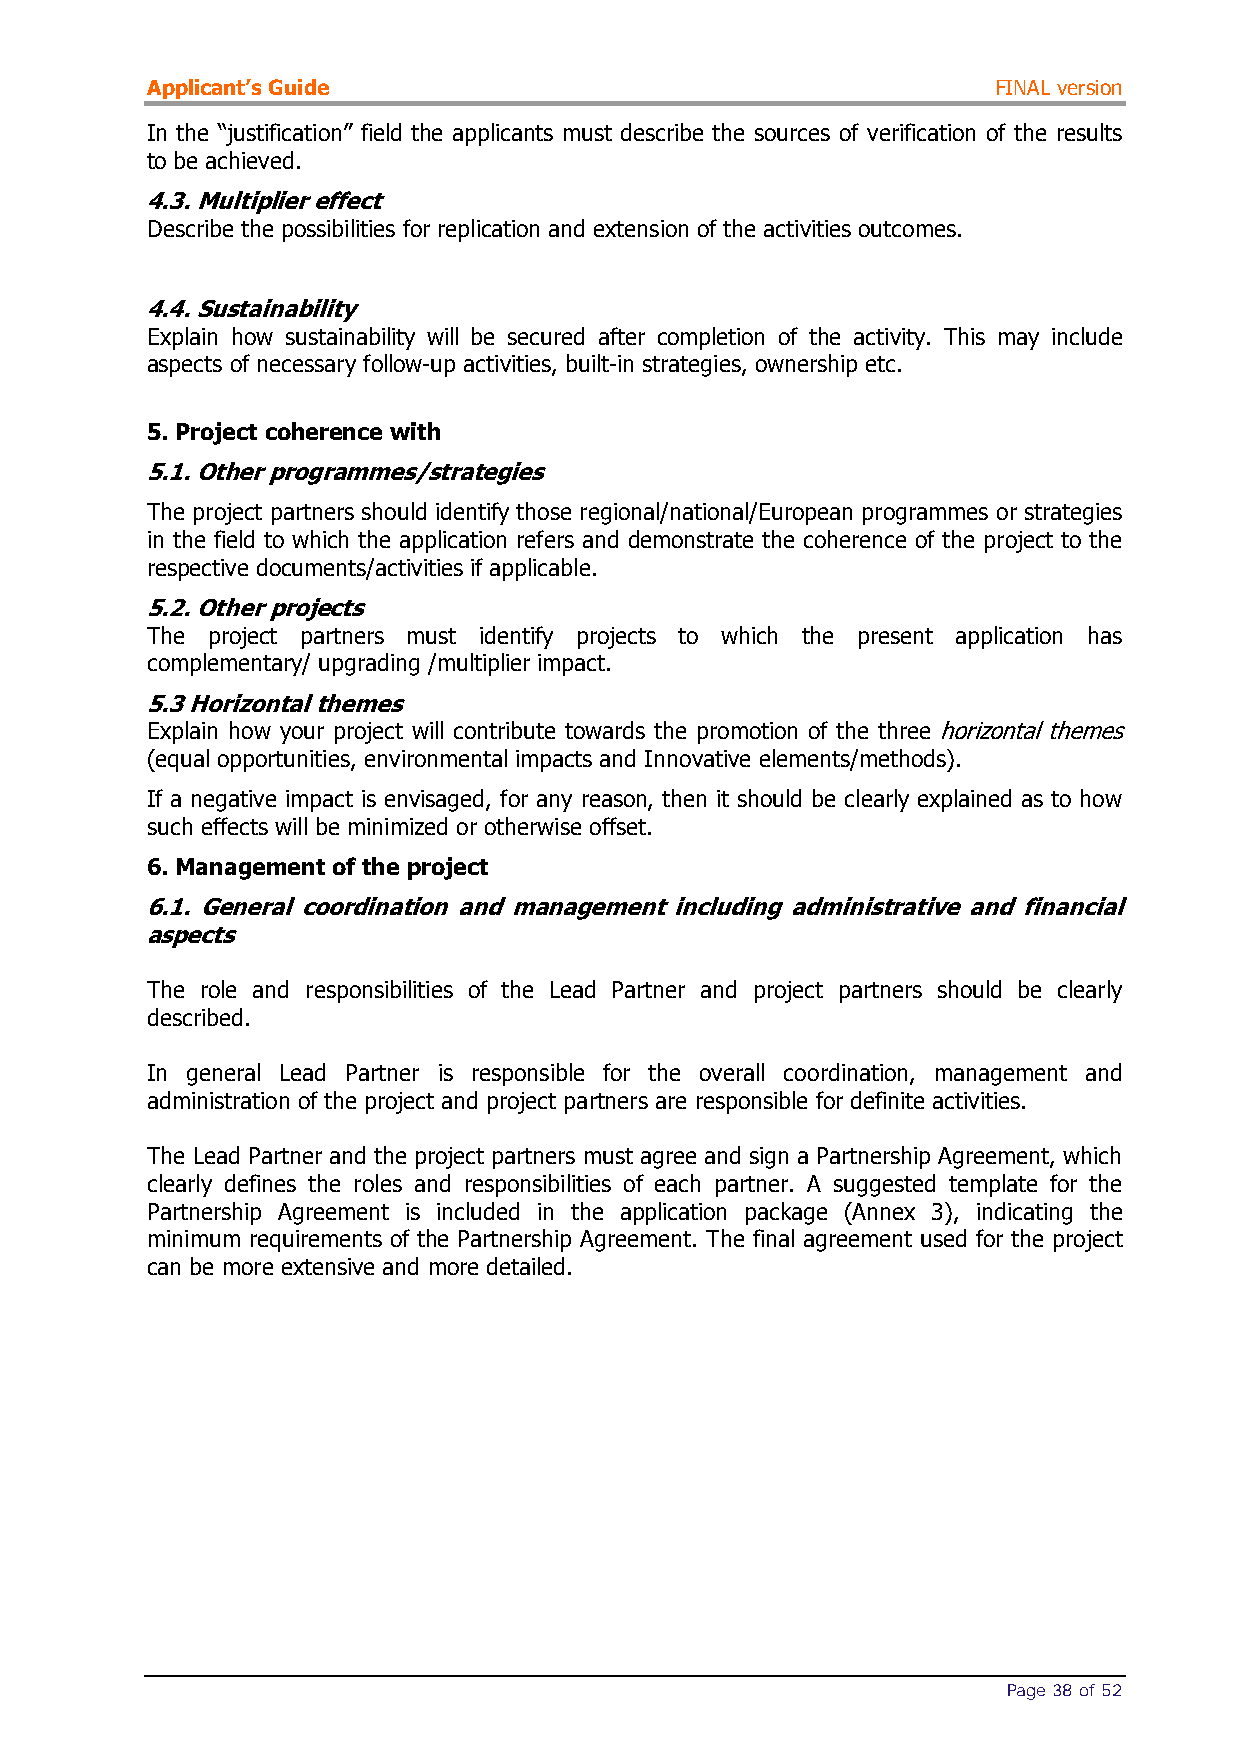
Applicant’s Guide                                       FINAL version
 In the “justification” field the applicants must describe the sources of verification of the results
 to be achieved.
 4.3. Multiplier effect
 Describe the possibilities for replication and extension of the activities outcomes.
 4.4. Sustainability
 Explain how sustainability will be secured after completion of the activity. This may include
 aspects of necessary follow-up activities, built-in strategies, ownership etc.
 5. Project coherence with
 5.1. Other programmes/strategies
 The project partners should identify those regional/national/European programmes or strategies
 in the field to which the application refers and demonstrate the coherence of the project to the
 respective documents/activities if applicable.
 5.2. Other projects
 The project partners must identify projects to which the present application has
 complementary/ upgrading /multiplier impact.
 5.3 Horizontal themes
 Explain how your project will contribute towards the promotion of the three horizontal themes
 (equal opportunities, environmental impacts and Innovative elements/methods).
 If a negative impact is envisaged, for any reason, then it should be clearly explained as to how
 such effects will be minimized or otherwise offset.
 6. Management of the project
 6.1. General coordination and management including administrative and financial
 aspects
 The role and responsibilities of the Lead Partner and project partners should be clearly
 described.
 In general Lead Partner is responsible for the overall coordination, management and
 administration of the project and project partners are responsible for definite activities.
 The Lead Partner and the project partners must agree and sign a Partnership Agreement, which
 clearly defines the roles and responsibilities of each partner. A suggested template for the
 Partnership Agreement is included in the application package (Annex 3), indicating the
 minimum requirements of the Partnership Agreement. The final agreement used for the project
 can be more extensive and more detailed.
 Page 38 of 52